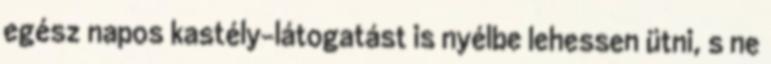
egész napos kastély-látogatást is nyélbe lehessen ütni, s ne